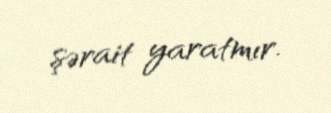
şərait yaratmır.